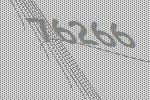
76266